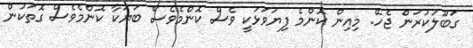
ގަބޫލުކުރަން ޖެހޭ. މިއިން ކޮންމެ ފިޔަވަޅަކީ ވެސް ކޮންމެވެސް ބަޔަކާ ކޮންމެވެސް ގޮތަކުން